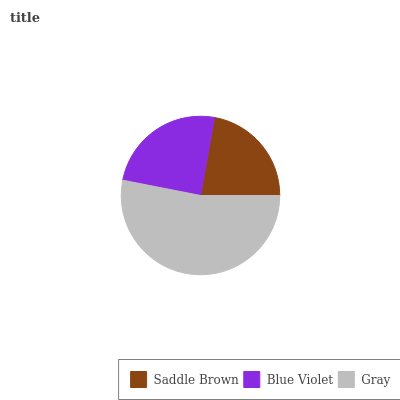
| Saddle Brown | Blue Violet | Gray |
 | --- | --- | --- |
 | 22.1% | 24.7% | 53.2% |